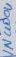
Text: IN4004